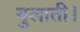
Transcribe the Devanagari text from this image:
बुलाती।